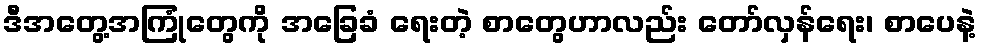
ဒီအတွေ့အကြုံတွေကို အခြေခံ ရေးတဲ့ စာတွေဟာလည်း တော်လှန်ရေး၊ စာပေနဲ့